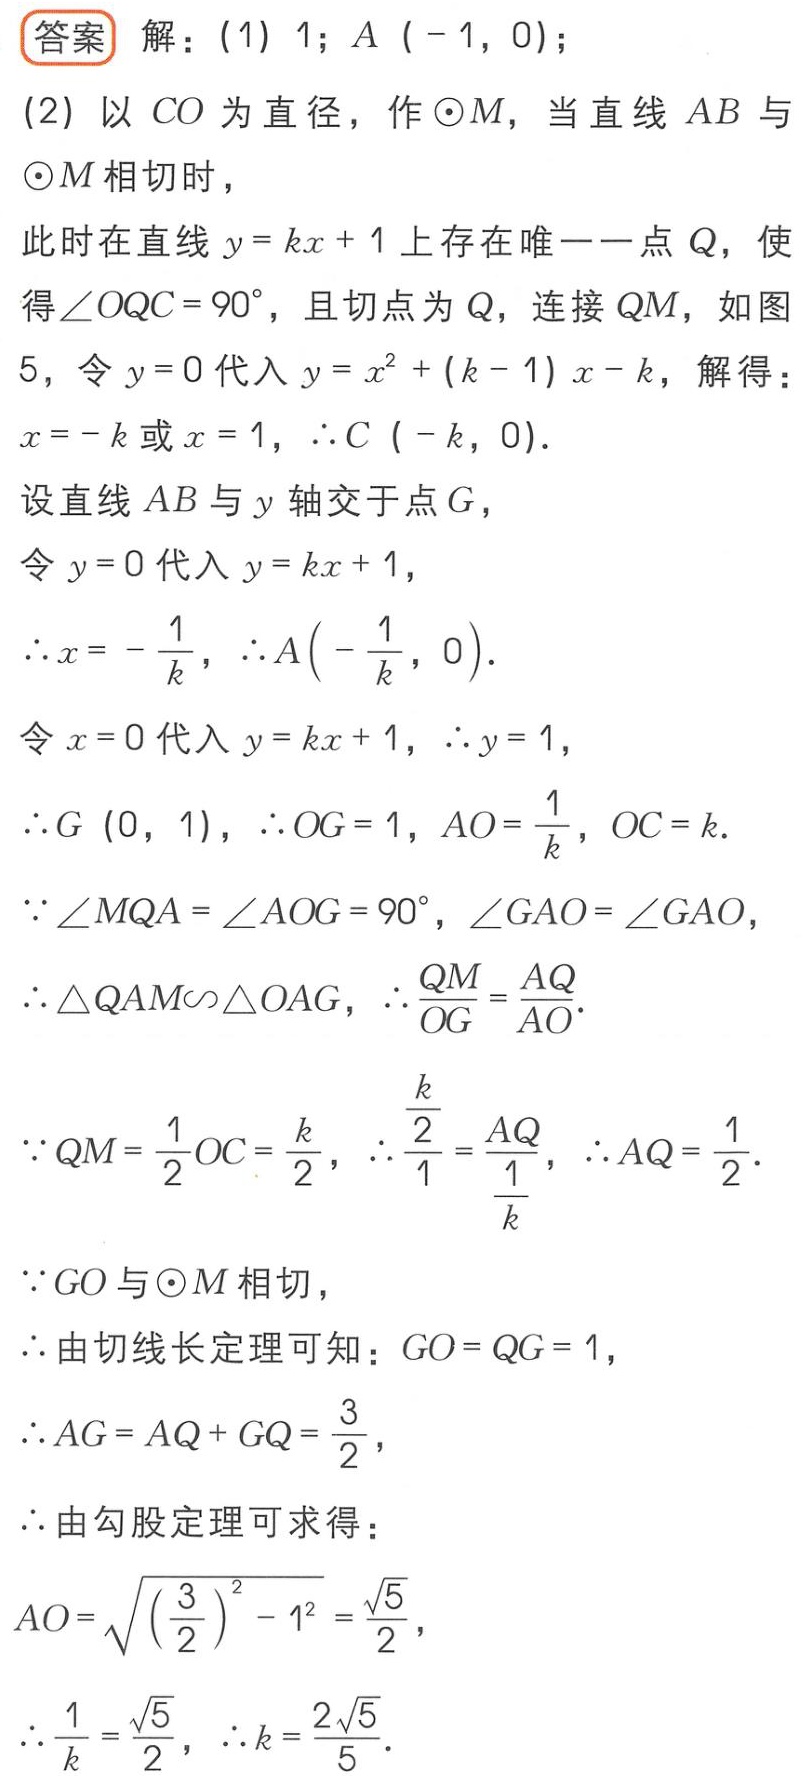
答案 解：(1) \(1\); \(A(-1,0)\);
(2) 以 \(CO\) 为直径，作 \(\odot M\)，当直线 \(AB\) 与 \(\odot M\) 相切时，
此时在直线 \(y = kx + 1\) 上存在唯一一点 \(Q\)，使得 \(\angle OQC = 90^{\circ}\)，且切点为 \(Q\)，连接 \(QM\)，如图 5，令 \(y = 0\) 代入 \(y=x^{2}+(k - 1)x - k\)，解得：
\(x=-k\) 或 \(x = 1\)，\(\therefore C(-k,0)\).
设直线 \(AB\) 与 \(y\) 轴交于点 \(G\)，
令 \(y = 0\) 代入 \(y = kx + 1\)，
\(\therefore x=-\frac{1}{k}\)，\(\therefore A\left(-\frac{1}{k},0\right)\).
令 \(x = 0\) 代入 \(y = kx + 1\)，\(\therefore y = 1\)，
\(\therefore G(0,1)\)，\(\therefore OG = 1\)，\(AO=\frac{1}{k}\)，\(OC = k\).
\(\because\angle MQA=\angle AOG = 90^{\circ}\)，\(\angle GAO=\angle GAO\)，
\(\therefore\triangle QAM\sim\triangle OAG\)，\(\therefore\frac{QM}{OG}=\frac{AQ}{AO}\).
\(\because QM=\frac{1}{2}OC=\frac{k}{2}\)，\(\therefore\frac{\frac{k}{2}}{1}=\frac{AQ}{\frac{1}{k}}\)，\(\therefore AQ=\frac{1}{2}\).
\(\because GO\) 与 \(\odot M\) 相切，
\(\therefore\) 由切线长定理可知：\(GO = QG = 1\)，
\(\therefore AG=AQ + GQ=\frac{3}{2}\)，
\(\therefore\) 由勾股定理可求得：
\(AO=\sqrt{\left(\frac{3}{2}\right)^{2}-1^{2}}=\frac{\sqrt{5}}{2}\)，
\(\therefore\frac{1}{k}=\frac{\sqrt{5}}{2}\)，\(\therefore k=\frac{2\sqrt{5}}{5}\).